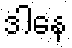
ဒါနေ